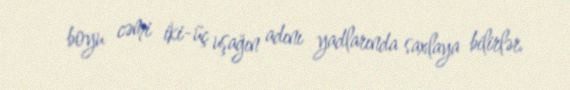
boyu cəmi iki-üç uşağın adını yadlarında saxlaya bilirlər.